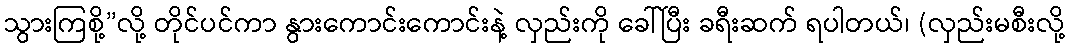
သွားကြစို့”လို့ တိုင်ပင်ကာ နွားကောင်းကောင်းနဲ့ လှည်းကို ခေါ်ပြီး ခရီးဆက် ရပါတယ်၊ (လှည်းမစီးလို့